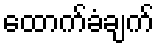
ထောက်ခံချက်